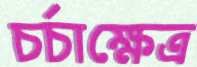
চর্চাক্ষেত্র